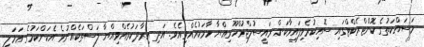
މަސައްކަތުގެ ކޮންޓްރެކްޓްގައި ސޮއިކުރެވިފައިވާކަން ރައީސުލްޖުމްހޫރިއްޔާ ހާމަކުރެއްވިއެވެ. އަދި އިރާދަކުރެއްވިއްޔާ ލަސްތަކެއްނުވެ އެކަންކަމުގެ ޢަމަލީ